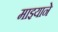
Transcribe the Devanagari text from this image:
माझ्याने